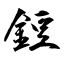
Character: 鋀